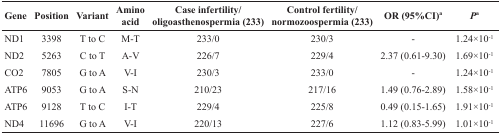
<table><thead><tr><td><b>Gene</b></td><td><b>Position</b></td><td><b>Variant</b></td><td><b>Amino acid</b></td><td><b>Case infertility/oligoasthenospermia (233)</b></td><td><b>Control fertility/normozoospermia (233)</b></td><td><b>OR (95%CI)<sup>a</sup></b></td><td><b><i>P</i><sup>a</sup></b></td></tr></thead><tbody><tr><td>ND1</td><td>3398</td><td>T to C</td><td>M-T</td><td>233/0</td><td>230/3</td><td>-</td><td>1.24×10<sup>−1</sup></td></tr><tr><td>ND2</td><td>5263</td><td>C to T</td><td>A-V</td><td>226/7</td><td>229/4</td><td>2.37 (0.61-9.30)</td><td>1.69×10<sup>−1</sup></td></tr><tr><td>CO2</td><td>7805</td><td>G to A</td><td>V-I</td><td>230/3</td><td>233/0</td><td>-</td><td>1.24×10<sup>−1</sup></td></tr><tr><td>ATP6</td><td>9053</td><td>G to A</td><td>S-N</td><td>210/23</td><td>217/16</td><td>1.49 (0.76-2.89)</td><td>1.58×10<sup>−1</sup></td></tr><tr><td>ATP6</td><td>9128</td><td>T to C</td><td>I-T</td><td>229/4</td><td>225/8</td><td>0.49 (0.15-1.65)</td><td>1.91×10<sup>−1</sup></td></tr><tr><td>ND4</td><td>11696</td><td>G to A</td><td>V-I</td><td>220/13</td><td>227/6</td><td>1.12 (0.83-5.99)</td><td>1.01×10<sup>−1</sup></td></tr></tbody></table>